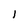
Character: 1